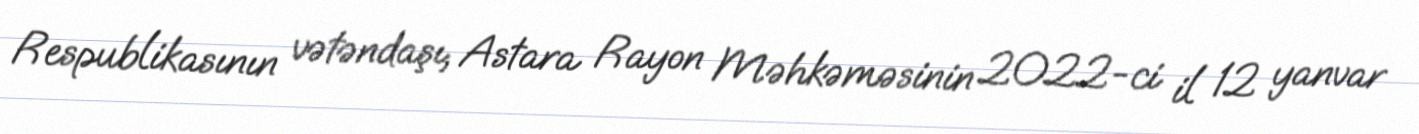
Respublikasının vətəndaşı, Astara Rayon Məhkəməsinin 2022-ci il 12 yanvar